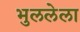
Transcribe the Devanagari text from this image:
भुललेला